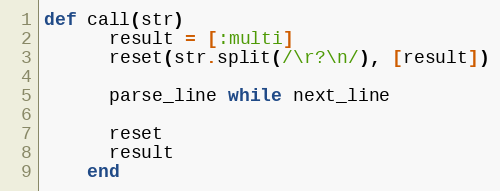
Language: Ruby
def call(str)
      result = [:multi]
      reset(str.split(/\r?\n/), [result])

      parse_line while next_line

      reset
      result
    end